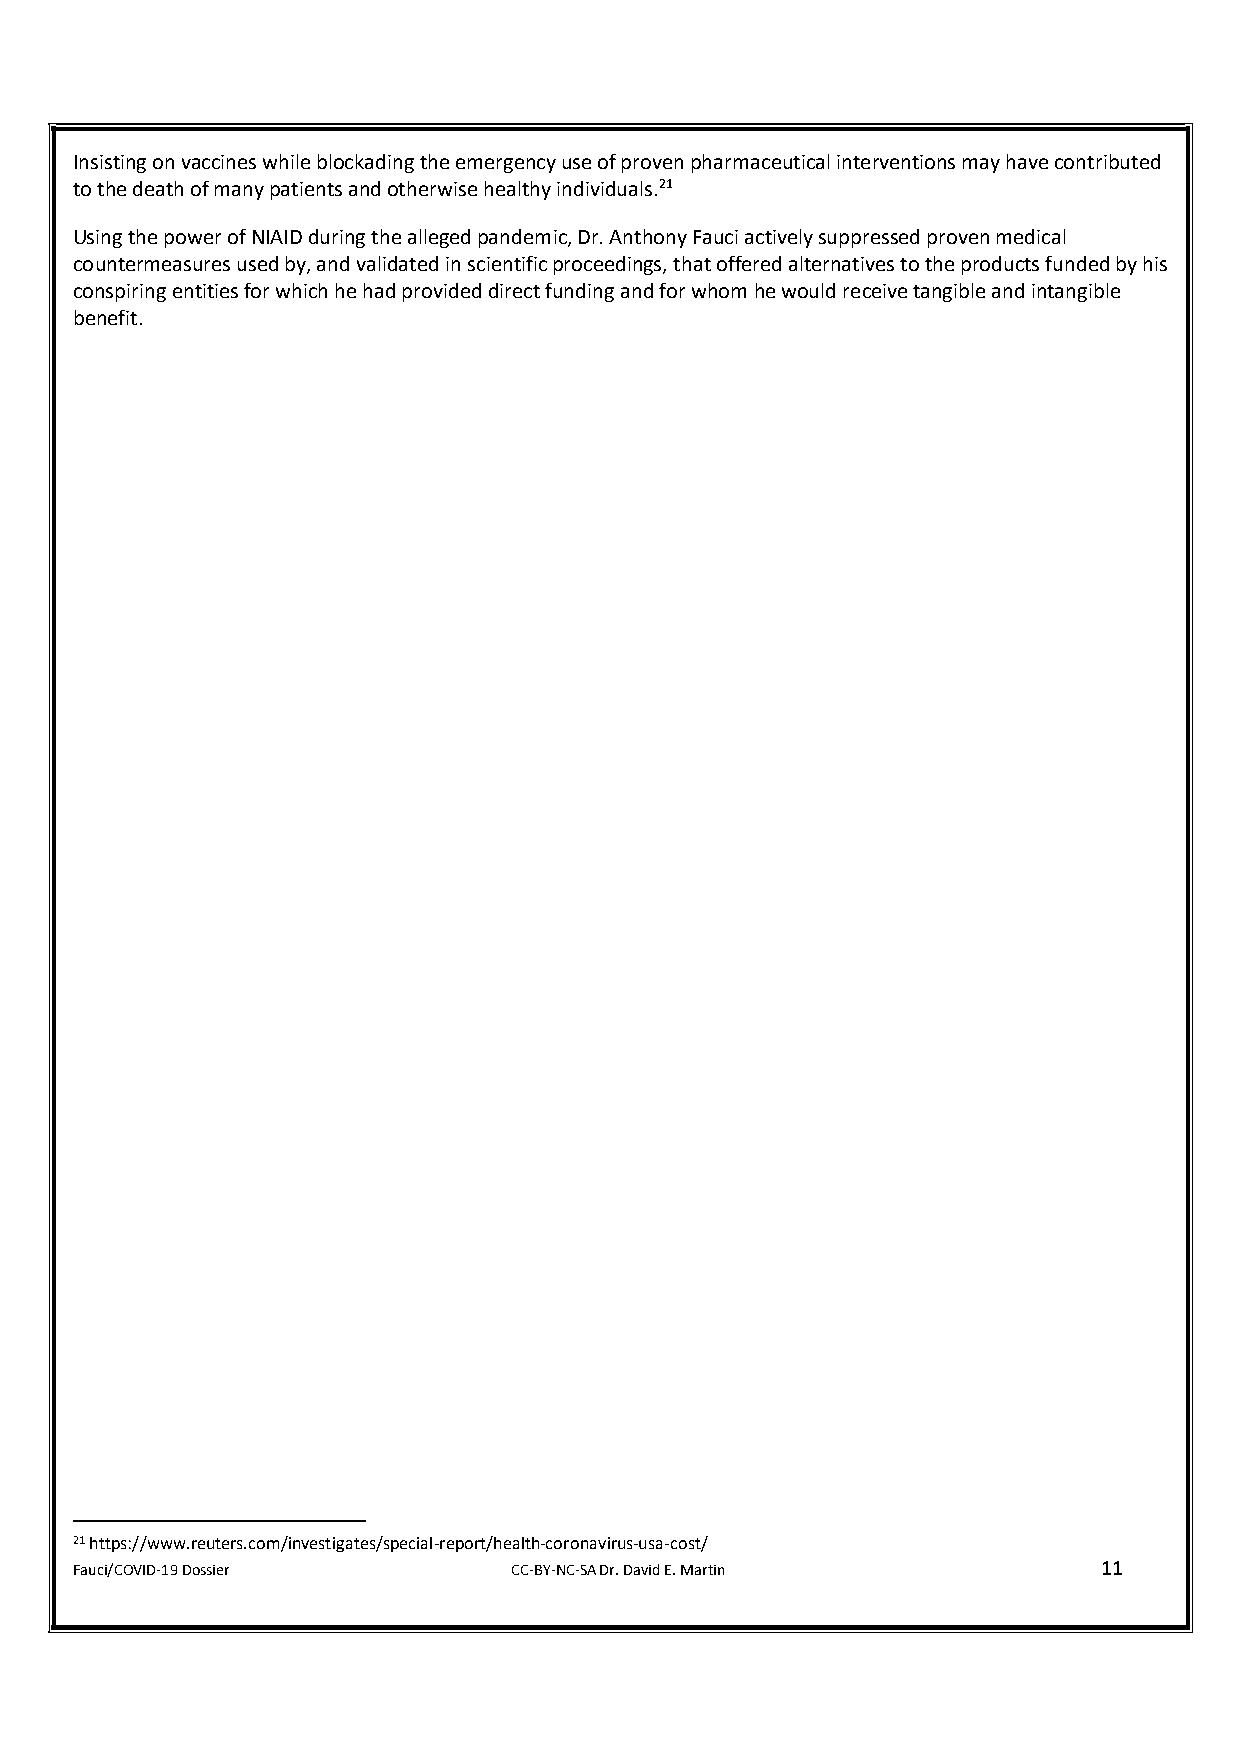
Insisting on vaccines while blockading the emergency use of proven pharmaceutical interventions may have contributed
 to the death of many patients and otherwise healthy individuals.21
 Using the power of NIAID during the alleged pandemic, Dr. Anthony Fauci actively suppressed proven medical
 countermeasures used by, and validated in scientific proceedings, that offered alternatives to the products funded by his
 conspiring entities for which he had provided direct funding and for whom he would receive tangible and intangible
 benefit.
 21 https://www.reuters.com/investigates/special-report/health-coronavirus-usa-cost/
 Fauci/COVID-19 Dossier       CC-BY-NC-SA Dr. David E. Martin        11